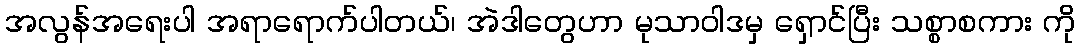
အလွန်အရေးပါ အရာရောက်ပါတယ်၊ အဲဒါတွေဟာ မုသာဝါဒမှ ရှောင်ပြီး သစ္စာစကား ကို